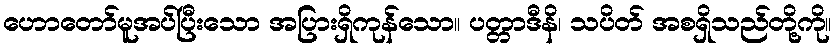
ဟောတော်မူအပ်ပြီးသော အပြားရှိကုန်သော။ ပတ္တာဒီနိ၊ သပိတ် အစရှိသည်တို့ကို။